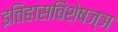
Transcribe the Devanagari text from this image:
इतिहासविशेषज्ञ